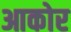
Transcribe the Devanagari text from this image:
आकोर